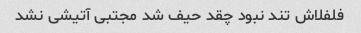
فلفلاش تند نبود چقد حیف شد مجتبی آتیشی نشد